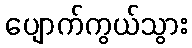
ပျောက်ကွယ်သွား